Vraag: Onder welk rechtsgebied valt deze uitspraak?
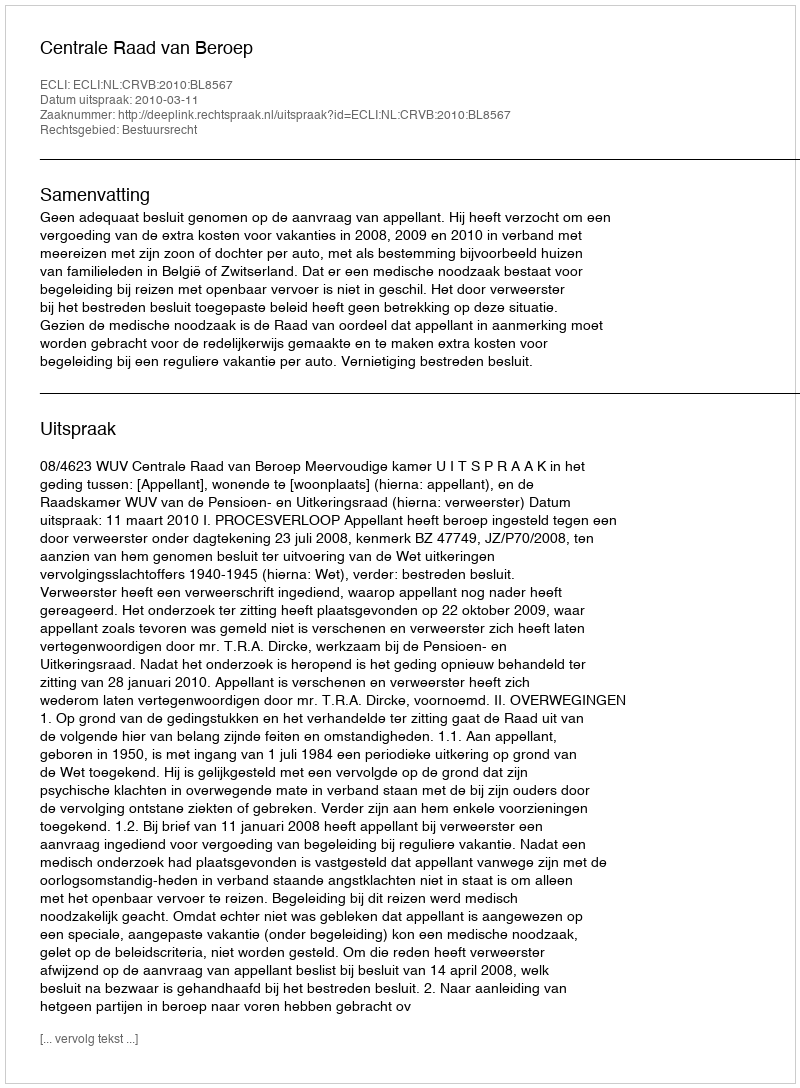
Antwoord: Bestuursrecht